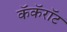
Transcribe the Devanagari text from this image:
कॅकॅरॉट